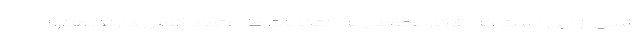
شدن از این است که افکار عمومی به انتخابات ما اعتماد کامل دارند. هنوز